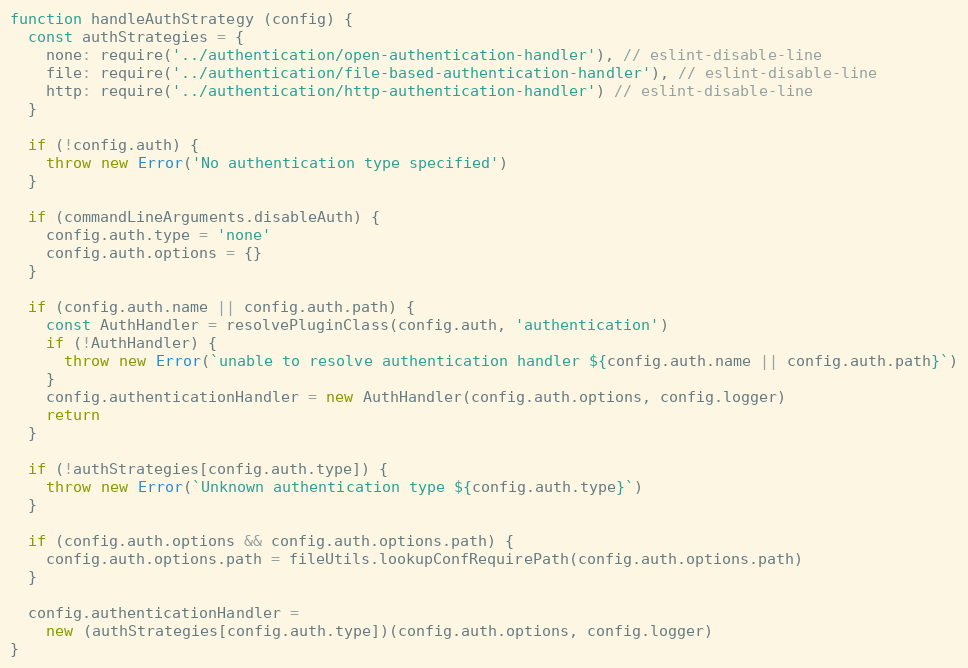
Language: JavaScript
function handleAuthStrategy (config) {
  const authStrategies = {
    none: require('../authentication/open-authentication-handler'), // eslint-disable-line
    file: require('../authentication/file-based-authentication-handler'), // eslint-disable-line
    http: require('../authentication/http-authentication-handler') // eslint-disable-line
  }

  if (!config.auth) {
    throw new Error('No authentication type specified')
  }

  if (commandLineArguments.disableAuth) {
    config.auth.type = 'none'
    config.auth.options = {}
  }

  if (config.auth.name || config.auth.path) {
    const AuthHandler = resolvePluginClass(config.auth, 'authentication')
    if (!AuthHandler) {
      throw new Error(`unable to resolve authentication handler ${config.auth.name || config.auth.path}`)
    }
    config.authenticationHandler = new AuthHandler(config.auth.options, config.logger)
    return
  }

  if (!authStrategies[config.auth.type]) {
    throw new Error(`Unknown authentication type ${config.auth.type}`)
  }

  if (config.auth.options && config.auth.options.path) {
    config.auth.options.path = fileUtils.lookupConfRequirePath(config.auth.options.path)
  }

  config.authenticationHandler =
    new (authStrategies[config.auth.type])(config.auth.options, config.logger)
}